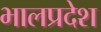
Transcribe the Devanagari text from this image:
भालप्रदेश